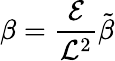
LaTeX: \beta=\frac{\mathcal{E}}{\mathcal{L}^{2}}\tilde{\beta}